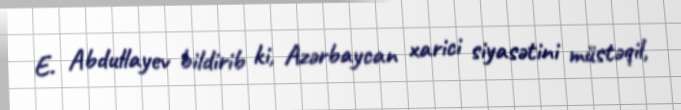
E. Abdullayev bildirib ki, Azərbaycan xarici siyasətini müstəqil,